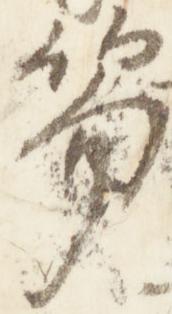
笏